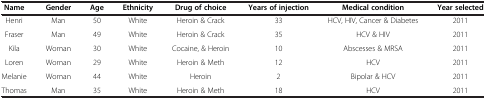
| Name | Gender | Age | Ethnicity | Drug of choice | Years of injection | Medical condition | Year selected |
 | --- | --- | --- | --- | --- | --- | --- | --- |
 | Henri | Man | 50 | White | Heroin & Crack | 33 | HCV, HIV, Cancer & Diabetes | 2011 |
 | Fraser | Man | 49 | White | Heroin & Crack | 35 | HCV & HIV | 2011 |
 | Kila | Woman | 30 | White | Cocaine, & Heroin | 10 | Abscesses & MRSA | 2011 |
 | Loren | Woman | 29 | White | Heroin & Meth | 12 | HCV | 2011 |
 | Melanie | Woman | 44 | White | Heroin | 2 | Bipolar & HCV | 2011 |
 | Thomas | Man | 35 | White | Heroin & Meth | 18 | HCV | 2011 |